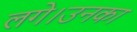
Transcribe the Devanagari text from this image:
लगे।उनका